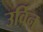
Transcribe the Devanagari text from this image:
उर्विन